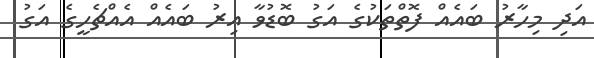
އަދި މިހާރު ބައެއް ފޮތްތަކުގެ އަގު ބޮޑުވާ އިރު ބައެއް އެއްޗެހީގެ އަގު